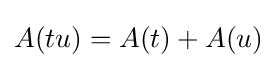
A(tu)=A(t)+A(u)